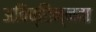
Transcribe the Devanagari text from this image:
अविच्छिन्नता